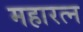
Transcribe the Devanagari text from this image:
महारत्‍न